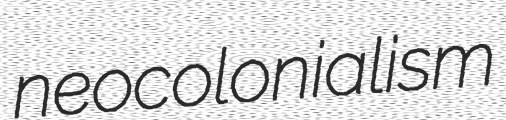
neocolonialism